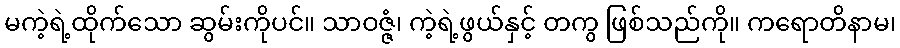
မကဲ့ရဲ့ထိုက်သော ဆွမ်းကိုပင်။ သာဝဇ္ဇံ၊ ကဲ့ရဲ့ဖွယ်နှင့် တကွ ဖြစ်သည်ကို။ ကရောတိနာမ၊